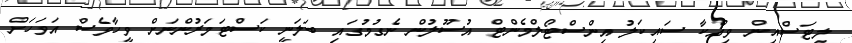
ލިޓަސްއިން ވިއްކާ ސައިކަލު އިންސްޓޯލްމެންޓް އުސޫލުން ނެގުމުގައި ބަލަނީ ކަސްޓަމަރުންނަށް ވީހާވެސް އަވަހަށް